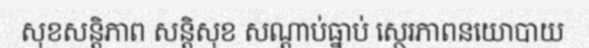
សុខសន្តិភាព សន្តិសុខ សណ្តាប់ធ្នាប់ ស្ថេរភាពនយោបាយ